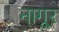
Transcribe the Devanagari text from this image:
नागूर